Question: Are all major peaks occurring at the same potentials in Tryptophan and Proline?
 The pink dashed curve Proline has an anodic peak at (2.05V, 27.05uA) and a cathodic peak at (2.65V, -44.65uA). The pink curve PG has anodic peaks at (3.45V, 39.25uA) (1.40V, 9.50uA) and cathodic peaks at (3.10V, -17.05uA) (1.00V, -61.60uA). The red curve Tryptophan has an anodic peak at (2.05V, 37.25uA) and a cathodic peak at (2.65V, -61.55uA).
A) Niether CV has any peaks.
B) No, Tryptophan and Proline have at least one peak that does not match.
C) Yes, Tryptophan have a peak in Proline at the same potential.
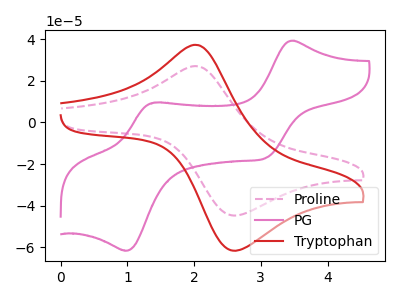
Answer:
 <answer>C) Yes, "Tryptophan" have a peak in "Proline" at the same potential.</answer>
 <eval>C</eval>